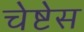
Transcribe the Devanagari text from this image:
चेष्टेस